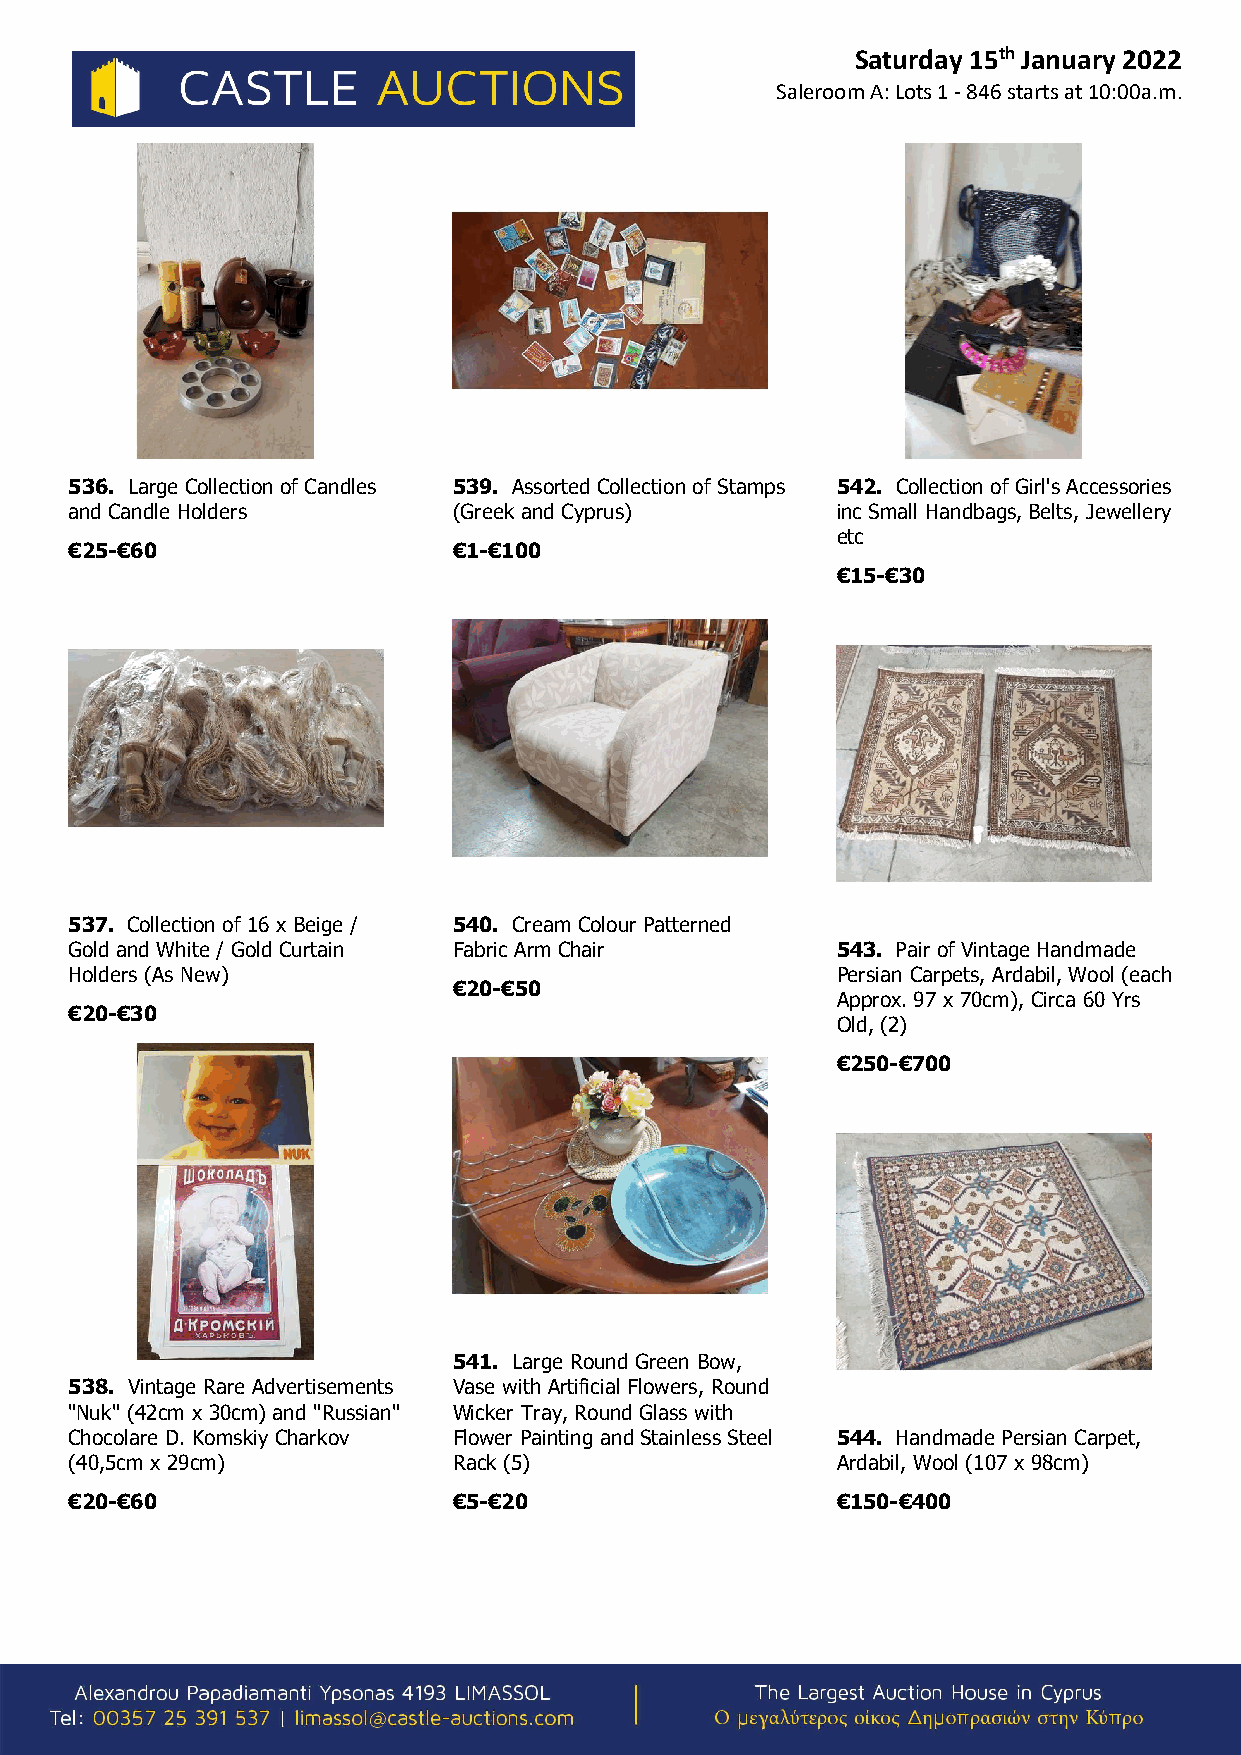
Saturday 15th January 2022
 Saleroom A: Lots 1 - 846 starts at 10:00a.m.
 536. Large Collection of Candles 539. Assorted Collection of Stamps 542. Collection of Girl's Accessories
 and Candle Holders       (Greek and Cyprus)       inc Small Handbags, Belts, Jewellery
 etc
 €25-€60                  €1-€100
 €15-€30
 537. Collection of 16 x Beige / 540. Cream Colour Patterned
 Gold and White / Gold Curtain Fabric Arm Chair    543. Pair of Vintage Handmade
 Holders (As New)                                  Persian Carpets, Ardabil, Wool (each
 €20-€50
 Approx. 97 x 70cm), Circa 60 Yrs
 €20-€30
 Old, (2)
 €250-€700
 541. Large Round Green Bow,
 538. Vintage Rare Advertisements Vase with Artificial Flowers, Round
 "Nuk" (42cm x 30cm) and "Russian" Wicker Tray, Round Glass with
 Chocolare D. Komskiy Charkov Flower Painting and Stainless Steel 544. Handmade Persian Carpet,
 (40,5cm x 29cm)          Rack (5)                 Ardabil, Wool (107 x 98cm)
 €20-€60                  €5-€20                   €150-€400